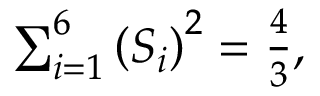
\begin{array} { r } { \sum _ { i = 1 } ^ { 6 } \left( S _ { i } \right) ^ { 2 } = \frac { 4 } { 3 } , } \end{array}